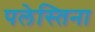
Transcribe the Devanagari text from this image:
पलेस्तिना